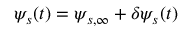
\psi _ { s } ( t ) = \psi _ { s , \infty } + \delta \psi _ { s } ( t )